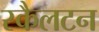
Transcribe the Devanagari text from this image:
स्कैलटन